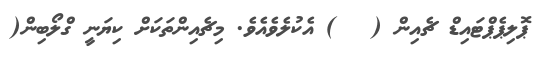
ޕޮލިޕެޕްޓައިޑް ޗެއިން (   ) އެކުލެވެއެވެ. މިޗެއިންތަކަށް ކިޔަނީ ގްލޯބިން(